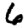
Digit: 6